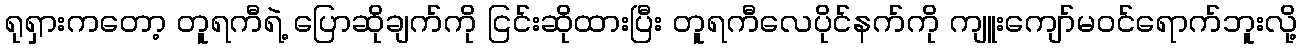
ရုရှားကတော့ တူရကီရဲ့ ပြောဆိုချက်ကို ငြင်းဆိုထားပြီး တူရကီလေပိုင်နက်ကို ကျူးကျော်မဝင်ရောက်ဘူးလို့